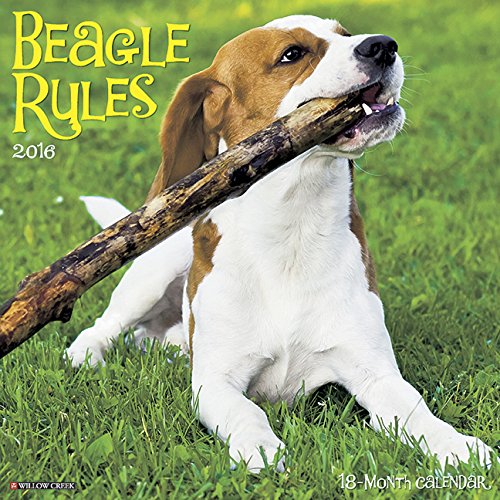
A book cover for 2016 Beagle Rules Wall Calendar; Willow Creek Press; Calendars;